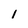
Character: 1